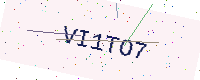
Text: VI1TO7